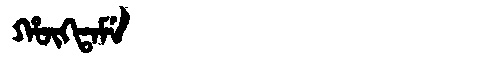
Manchu: ᡥᡡᡴᡨᠠᠮᡝ
Romanization: HŪKTAME